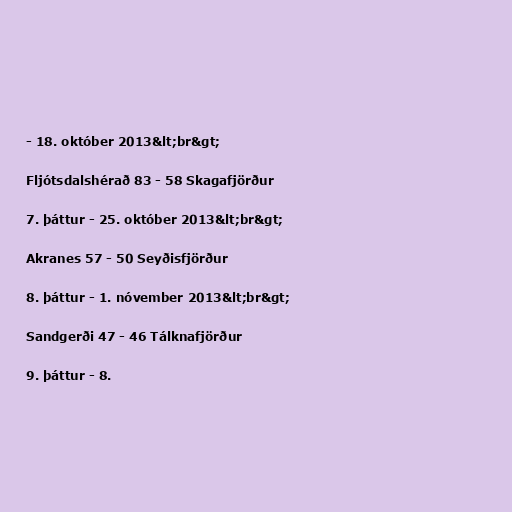
- 18. október 2013&lt;br&gt;

Fljótsdalshérað 83 - 58 Skagafjörður

7. þáttur - 25. október 2013&lt;br&gt;

Akranes 57 - 50 Seyðisfjörður

8. þáttur - 1. nóvember 2013&lt;br&gt;

Sandgerði 47 - 46 Tálknafjörður

9. þáttur - 8.